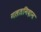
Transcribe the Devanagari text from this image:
गलतनिदान